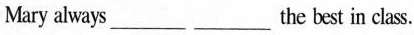
Mary always ___ the best in class.